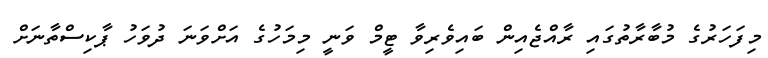
މިފަހަރުގެ މުބާރާތުގައި ރާއްޖެއިން ބައިވެރިވާ ޓީމް ވަނީ މިމަހުގެ އަށްވަނަ ދުވަހު ޕާކިސްތާނަށް